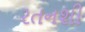
રતનશી